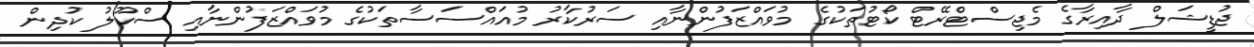
ޖުޑީޝަލް ދާއިރާގެ މެޖިސްޓްރޭޓް ކޯޓުތަކުގެ މުވައްޒަފުންނާއި ސަރުކާރު މުއައްސަސާތަކުގެ މުވައްޒަފުންނާއި ސްކޫލު ކުދިން